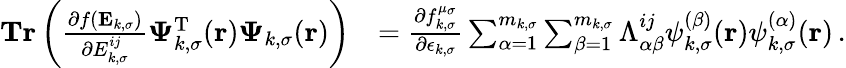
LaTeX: \begin{array}{rl}{\textbf{Tr}\left(\frac{\partial f(\mathbf{E}_{k,\sigma})}{\partial{E}_{k,\sigma}^{ij}}\boldsymbol{\Psi}_{k,\sigma}^{\mathrm{T}}(\boldsymbol{\textbf{r}})\boldsymbol{\Psi}_{k,\sigma}(\boldsymbol{\textbf{r}})\right)}&{=\frac{\partial f_{k,\sigma}^{\mu_{\sigma}}}{\partial\epsilon_{k,\sigma}}\sum_{\alpha=1}^{m_{k,\sigma}}\sum_{\beta=1}^{m_{k,\sigma}}\Lambda_{\alpha\beta}^{ij}\psi_{k,\sigma}^{(\beta)}(\boldsymbol{\textbf{r}})\psi_{k,\sigma}^{(\alpha)}(\boldsymbol{\textbf{r}})\, .}\end{array}